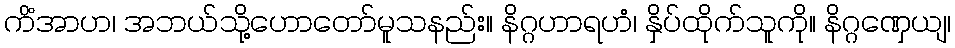
ကိံအာဟ၊ အဘယ်သို့ဟောတော်မူသနည်း။ နိဂ္ဂဟာရဟံ၊ နှိပ်ထိုက်သူကို။ နိဂ္ဂဏှေယျ၊